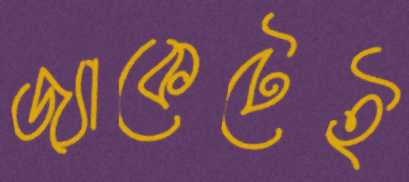
জ্যাকেটেই